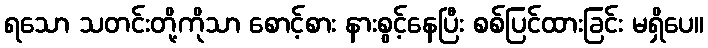
ရသော သတင်းတို့ကိုသာ စောင့်စား နားစွင့်နေပြီး စစ်ပြင်ထားခြင်း မရှိပေ။